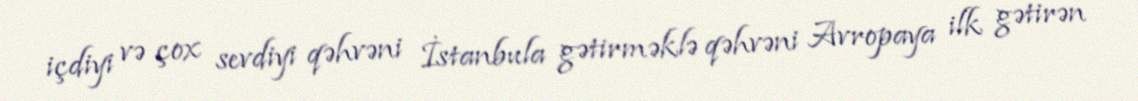
içdiyi və çox sevdiyi qəhvəni İstanbula gətirməklə qəhvəni Avropaya ilk gətirən